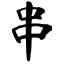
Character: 串